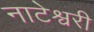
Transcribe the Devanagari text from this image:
नाटेश्वरी